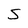
Character: S